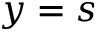
y = s